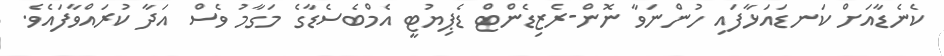
ކެނެޑާއަށް ކަނޑައަޅާފައި ހުންނަވާ ނޮން-ރެޒިޑެންޓް ޑެޕިޔުޓީ އެމްބެސެޑާގެ މަގާމު ވެސް އަދާ ކުރައްވާފައެވެ.